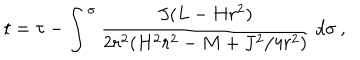
LaTeX: t = \tau - \int ^ { \sigma } \frac { J ( L - H r ^ { 2 } ) } { 2 r ^ { 2 } ( H ^ { 2 } r ^ { 2 } - M + J ^ { 2 } / 4 r ^ { 2 } ) } \; d \sigma \: ,